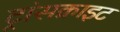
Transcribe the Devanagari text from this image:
ट्रांसक्राइट